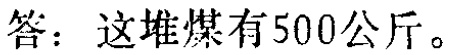
答：这堆煤有500公斤。